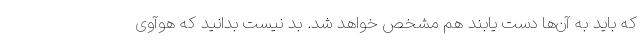
که باید به آن‌ها دست یابند هم مشخص خواهد شد. بد نیست بدانید که هوآوی